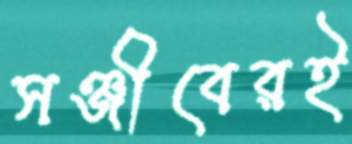
সঞ্জীবেরই